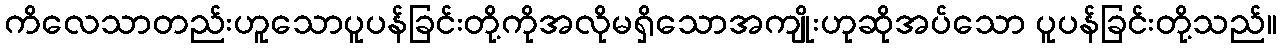
ကိလေသာတည်းဟူသောပူပန်ခြင်းတို့ကိုအလိုမရှိသောအကျိုးဟုဆိုအပ်သော ပူပန်ခြင်းတို့သည်။